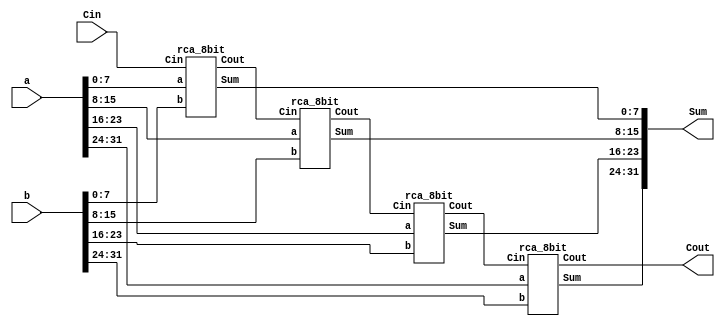
module rca_32bit(a, b, Cin, Sum, Cout);
	input [31:0] a, b;
	input Cin;
	output [31:0] Sum;
	output Cout;
	wire [2:0] Carry;
	
	rca_8bit rca_8bit01(.a(a[7:0]), .b(b[7:0]), .Cin(Cin), .Sum(Sum[7:0]), .Cout(Carry[0]));
	rca_8bit rca_8bit02(.a(a[15:8]), .b(b[15:8]), .Cin(Carry[0]), .Sum(Sum[15:8]), .Cout(Carry[1]));
	rca_8bit rca_8bit03(.a(a[23:16]), .b(b[23:16]), .Cin(Carry[1]), .Sum(Sum[23:16]), .Cout(Carry[2]));
	rca_8bit rca_8bit04(.a(a[31:24]), .b(b[31:24]), .Cin(Carry[2]), .Sum(Sum[31:24]), .Cout(Cout));
endmodule

module HalfAdder(a, b, Sum, Cout);
   input a, b;
   output Sum, Cout;
   
   assign Sum = a ^ b;
   assign Cout = a & b;
endmodule

module FullAdder(a, b, Cin, Sum, Cout);
	input a, b, Cin;
	output Sum, Cout;
	wire Sum01, Carry01, Carry02;
	
	HalfAdder HA01(.a(a), .b(b), .Sum(Sum01), .Cout(Carry01));
	HalfAdder HA02(.a(Sum01), .b(Cin), .Sum(Sum), .Cout(Carry02));
	
	assign Cout = Carry01 | Carry02;
endmodule

module rca_4bit(a, b, Cin, Sum, Cout);
	input [3:0] a, b;
	input Cin;
	output [3:0] Sum;
	output Cout;
	wire [2:0] Carry;
	
	FullAdder FA01(.a(a[0]), .b(b[0]), .Cin(Cin), .Sum(Sum[0]), .Cout(Carry[0]));
	FullAdder FA02(.a(a[1]), .b(b[1]), .Cin(Carry[0]), .Sum(Sum[1]), .Cout(Carry[1]));
	FullAdder FA03(.a(a[2]), .b(b[2]), .Cin(Carry[1]), .Sum(Sum[2]), .Cout(Carry[2]));
	FullAdder FA04(.a(a[3]), .b(b[3]), .Cin(Carry[2]), .Sum(Sum[3]), .Cout(Cout));
endmodule

module rca_8bit(a, b, Cin, Sum, Cout);
	input [7:0] a, b;
	input Cin;
	output [7:0] Sum;
	output Cout;
	wire Carry;
	
	rca_4bit rca_4bit01(.a(a[3:0]), .b(b[3:0]), .Cin(Cin), .Sum(Sum[3:0]), .Cout(Carry));
	rca_4bit rca_4bit02(.a(a[7:4]), .b(b[7:4]), .Cin(Carry), .Sum(Sum[7:4]), .Cout(Cout));
endmodule